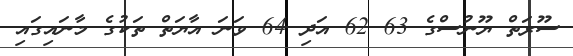
ސޫރަތް ޔޫނުސްގެ 63 62 އަދި 64 ވަނަ އާޔަތް ތަކުގެ މާނައިގައި